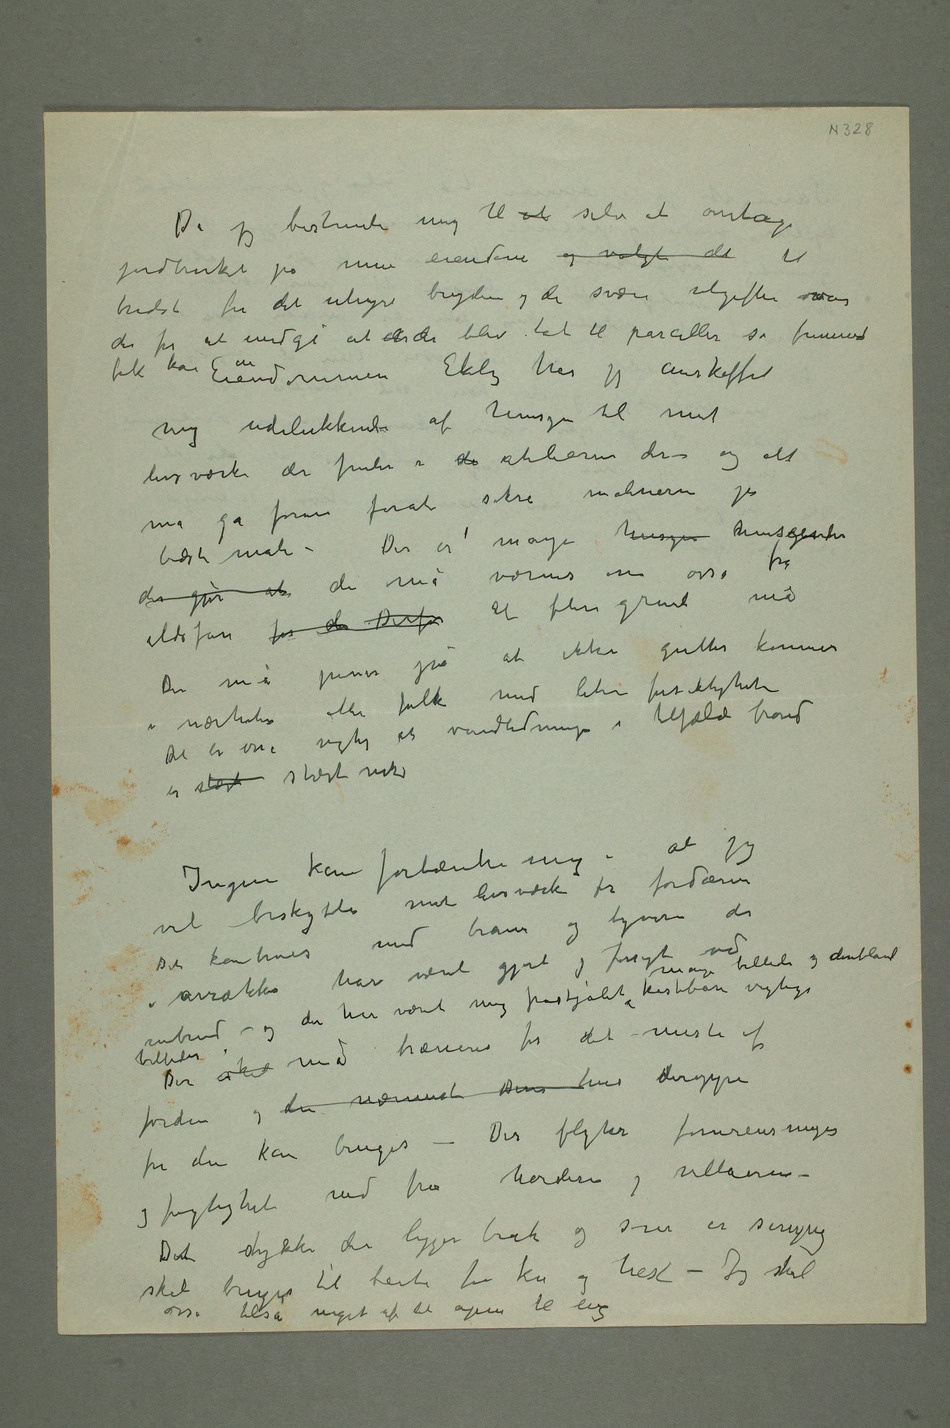
Da jeg bestemte mig til at selv at overtage
eiendom og valgte det til
trods for det uhyre bryderi og de svære utgifter var
der for at undgå at der de blev tat til parceller så fremmed
folk kom in Eiendommen Ekely har jeg anskaffet
mig udelukkende af hensyn til mit
livsværk der findes i de atelierene der og alt
må gå foran forat sikre maleriene på
bedste måte – Der er mange hensyn hensynseender
der gjør at de må værnes om osså fra
ildfare for der Derfor av flere grunde må Der
at ikke gutter kommer
i nærheten eller folk med liten forsiktighet – Det
er osså vigtig at vandledningen i tilfælde brand
er stærk stærk nok
Ingen kan fortænke mig i at jeg
mit livsværk fra fordærv Det kan
med brann og tyveri der
billeder Der  må træneres for det – meste af jorden og
den nærmest Deres hus deroppe
før den kan bruges – Der flyter forurensinger
og fugtighed ned fra horderne og villaerne –
skal bruges til beite for ku og hest – Jeg skal
tilså meget af det åpne til eng